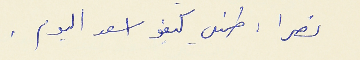
نصرا : طمني كيفو اسعد اليوم.